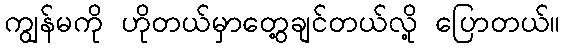
ကျွန်မကို ဟိုတယ်မှာတွေ့ချင်တယ်လို့ ပြောတယ်။